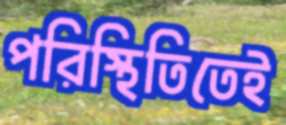
পরিস্থিতিতেই